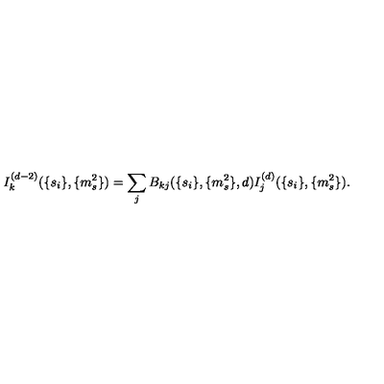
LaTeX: I _ { k } ^ { ( d - 2 ) } ( \{ s _ { i } \} , \{ m _ { s } ^ { 2 } \} ) = \sum _ { j } B _ { k j } ( \{ s _ { i } \} , \{ m _ { s } ^ { 2 } \} , d ) I _ { j } ^ { ( d ) } ( \{ s _ { i } \} , \{ m _ { s } ^ { 2 } \} ) .